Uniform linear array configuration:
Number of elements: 4
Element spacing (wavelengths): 0.5
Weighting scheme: blackman
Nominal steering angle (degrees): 60
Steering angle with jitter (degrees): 60.657
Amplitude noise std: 0.05
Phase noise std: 0.05

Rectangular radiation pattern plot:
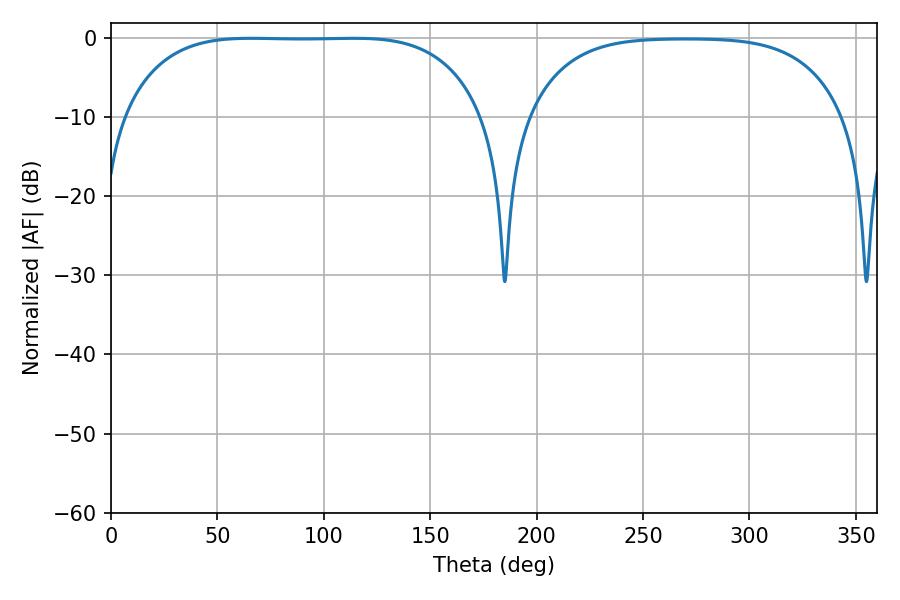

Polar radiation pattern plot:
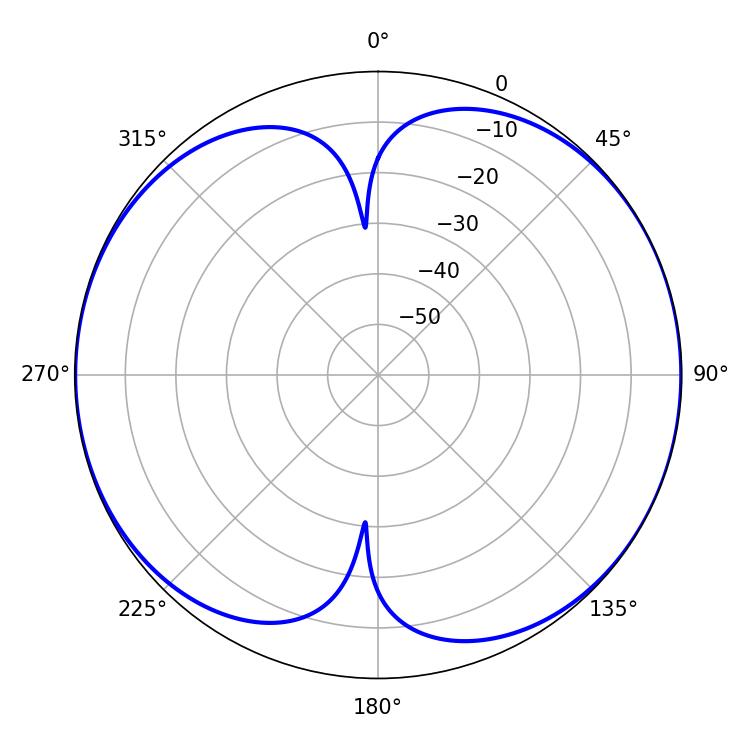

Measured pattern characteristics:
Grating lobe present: FALSE
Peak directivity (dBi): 9.153
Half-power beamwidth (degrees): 131.04
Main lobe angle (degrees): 65.88